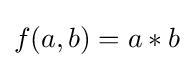
f(a,b)=a*b